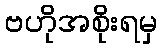
ဗဟိုအစိုးရမှ